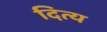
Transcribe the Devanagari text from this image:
दित्य